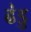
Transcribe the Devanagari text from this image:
ढंडु